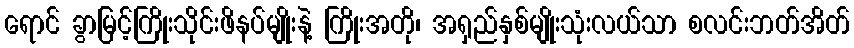
ရောင် ခွာမြင့်ကြိုးသိုင်းဖိနပ်မျိုးနဲ့ ကြိုးအတို၊ အရှည်နှစ်မျိုးသုံးလယ်သာ စလင်းဘတ်အိတ်